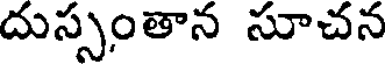
దుస్సంతాన సూచన